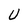
Character: U